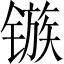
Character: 镞